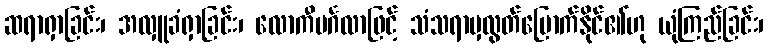
ဆရာရှာခြင်း၊ အလှူခံရှာခြင်း၊ လောကီမင်္ဂလာဖြင့် သံသရာမှလွတ်မြောက်နိုင်၏ဟု ယုံကြည်ခြင်း၊